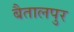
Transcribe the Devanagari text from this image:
बैतालपुर